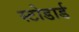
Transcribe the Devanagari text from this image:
स्टोडार्ड